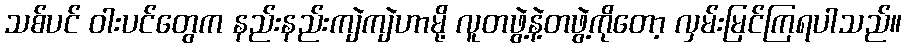
သစ်ပင် ဝါးပင်တွေက နည်းနည်းကျဲကျဲဟာမို့ လူတဖွဲ့နဲ့တဖွဲ့ကိုတော့ လှမ်းမြင်ကြရပါသည်။